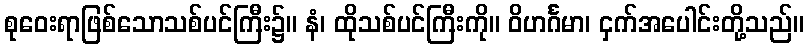
စုဝေးရာဖြစ်သောသစ်ပင်ကြီး၌။ နံ၊ ထိုသစ်ပင်ကြီးကို။ ဝိဟင်္ဂမာ၊ ငှက်အပေါင်းတို့သည်။